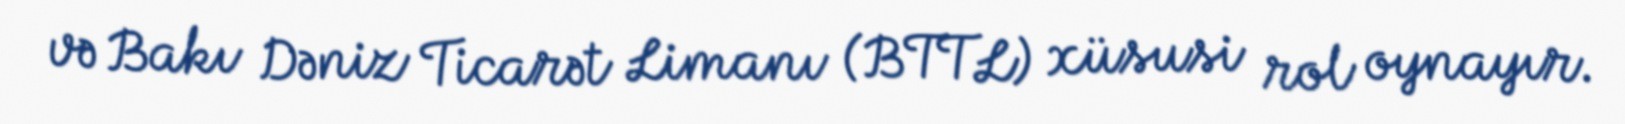
və Bakı Dəniz Ticarət Limanı (BTTL) xüsusi rol oynayır.